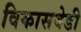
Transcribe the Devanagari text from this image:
विकासवेडी